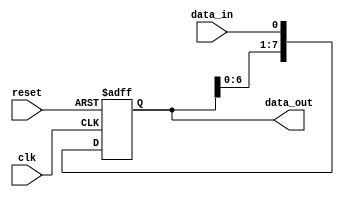
module SIPO (
    input clk,
    input reset,
    input data_in,
    output reg [7:0] data_out
);

reg [7:0] shift_reg;

always @(posedge clk or posedge reset) begin
    if (reset)
        shift_reg <= 8'b0;
    else
        shift_reg <= {shift_reg[6:0], data_in};
end

assign data_out = shift_reg;

endmodule